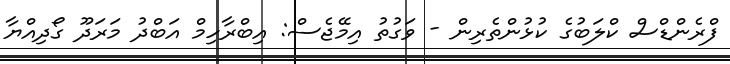
ފްރެންޑްސް ކްލަބުގެ ކުޅުންތެރިން - ވަގުތު އިމޭޖެސް: އިބްރާހިމް އަބްދު މަރަދޫ ގޯދިއްޔާ